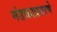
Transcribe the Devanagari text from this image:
मंडळाप्रमाणे